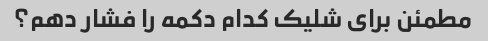
مطمئن برای شلیک کدام دکمه را فشار دهم؟